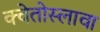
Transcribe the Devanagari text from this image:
क्वेतोस्लावा